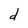
Character: d